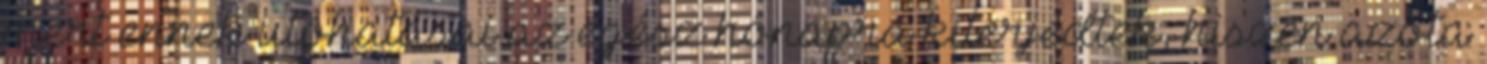
mert ennek utóhatásai az egész hónapra kiterjedtek, hiszen azóta